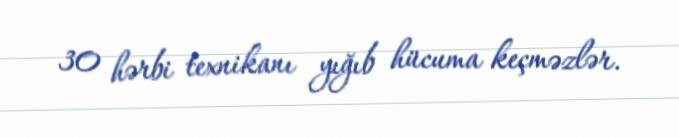
30 hərbi texnikanı yığıb hücuma keçməzlər.